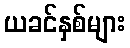
ယခင်နှစ်များ